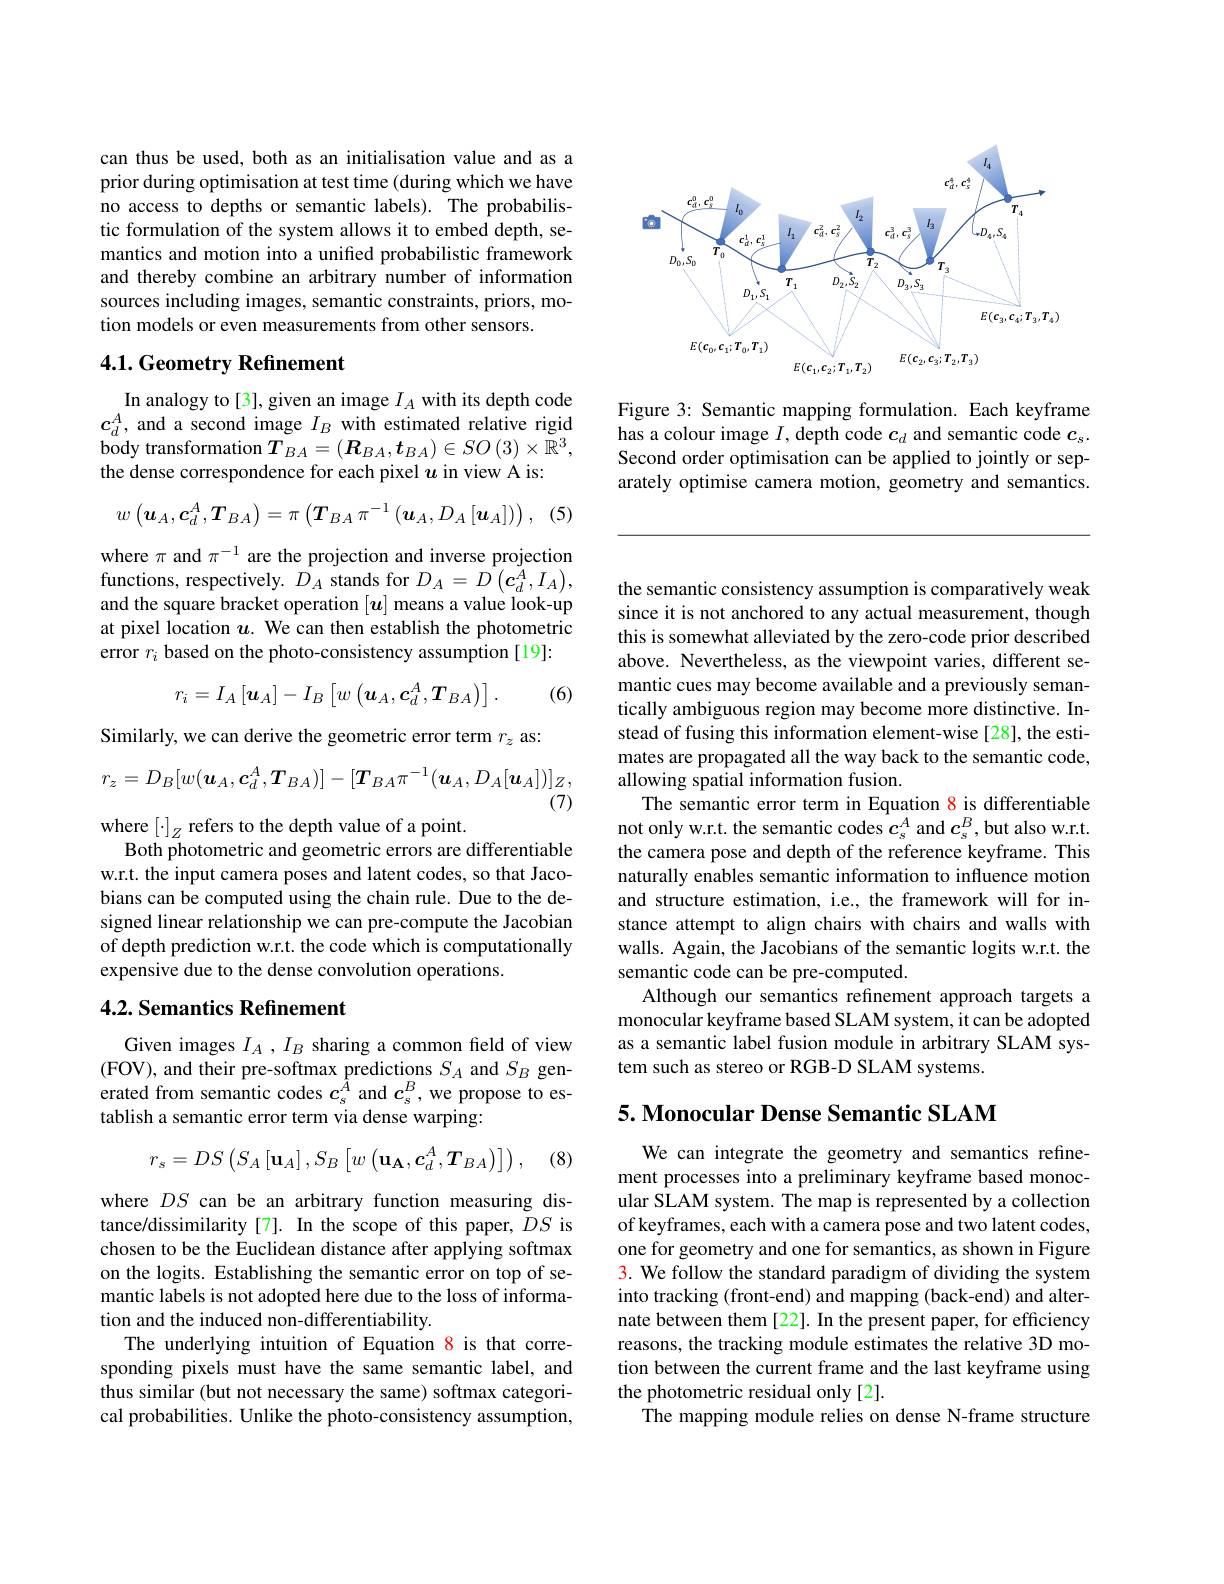
<FigureHere>

Figure 3: Semantic mapping formulation. Each keyframe has a colour image $I$, depth code $c_d$ and semantic code $c_s.$ Second order optimisation can be applied to jointly or separately optimise camera motion, geometry and semantics.

can thus be used, both as an initialisation value and as a prior during optimisation at test time (during which we have no access to depths or semantic labels). The probabilistic formulation of the system allows it to embed depth, semantics and motion into a unified probabilistic framework and thereby combine an arbitrary number of information sources including images, semantic constraints, priors, motion models or even measurements from other sensors.

## 4.1. Geometry Refinement

In analogy to[3], given an image $I_A$ with its depth code $c_d^A$, and a second image $I_B$ with estimated relative rigid ${\mathrm{body~transformation}}T_{BA}=\left(\boldsymbol{R}_{BA},\boldsymbol{t}_{BA}\right)\in SO\left(3\right)\times{\mathrm{\bar{R}}}^{3}$, the dense correspondence for each pixel $u$ in view A is:

(5)
$$w\left(\boldsymbol{u}_{A},\boldsymbol{c}_{d}^{A},\boldsymbol{T}_{BA}\right)=\pi\left(\boldsymbol{T}_{BA}\pi^{-1}\left(\boldsymbol{u}_{A},D_{A}\left[\boldsymbol{u}_{A}\right]\right)\right),$$
where $\pi$ and $\pi^-1$ are the projection and inverse projection functions, respectively. $D_A$ stands for $D_A=D\left(\boldsymbol{c}_d^A,I_A\right)$, and the square bracket operation $[u]$ means a value look-up at pixel location $u.$ We can then establish the photometric error $r_i$ based on the photo-consistency assumption[19]:
$$r_{i}=I_{A}\left[\boldsymbol{u}_{A}\right]-I_{B}\left[w\left(\boldsymbol{u}_{A},\boldsymbol{c}_{d}^{A},\boldsymbol{T}_{BA}\right)\right].$$
(6)

Similarly, we can derive the geometric error term $r_z$ as
$$r_{z}=D_{B}[w(\boldsymbol{u}_{A},\boldsymbol{c}_{d}^{A},\boldsymbol{T}_{BA})]-[\boldsymbol{T}_{BA}\pi^{-1}(\boldsymbol{u}_{A},D_{A}[\boldsymbol{u}_{A}])]_{Z},$$
(7)

where $[\cdot]_Z$ refers to the depth value of a point.
Both photometric and geometric errors are differentiable w.r.t. the input camera poses and latent codes, so that Jacobians can be computed using the chain rule. Due to the designed linear relationship we can pre-compute the Jacobian of depth prediction w.r.t. the code which is computationally expensive due to the dense convolution operations.

## 4.2. Semantics Refinement

Given images $I_A,I_B$ sharing a common feld of view (FOV), and their pre-softmax predictions $S_A$ and $S_B$ generated from semantic codes $c_{s}^{\hat{A}}$ and $c_{s}^{B}$, we propose to establish a semantic error term via dense warping:
$$r_{s}=DS\left(S_{A}\left[\mathbf{u}_{A}\right],S_{B}\left[w\left(\mathbf{u}_{\mathbf{A}},\boldsymbol{c}_{d}^{A},\boldsymbol{T}_{BA}\right)\right]\right),$$
(8)

where $DS$ can be an arbitrary function measuring distance/dissimilarity[7]. In the scope of this paper, $DS$ is chosen to be the Euclidean distance after applying softmax on the logits. Establishing the semantic error on top of semantic labels is not adopted here due to the loss of information and the induced non-differentiability.
The underlying intuition of Equation 8 is that corresponding pixels must have the same semantic label, and thus similar (but not necessary the same) softmax categorical probabilities. Unlike the photo-consistency assumption,

the semantic consistency assumption is comparatively weak since it is not anchored to any actual measurement, though this is somewhat alleviated by the zero-code prior described above. Nevertheless, as the viewpoint varies, different semantic cues may become available and a previously semantically ambiguous region may become more distinctive. Instead of fusing this information element-wise[28], the estimates are propagated all the way back to the semantic code, allowing spatial information fusion.
The semantic error term in Equation 8 is differentiable not only w.r.t. the semantic codes $c_s^A$ and $c_s^B$,but also w.r.t. the camera pose and depth of the reference keyframe. This naturally enables semantic information to influence motion and structure estimation, i.e., the framework will for instance attempt to align chairs with chairs and walls with walls. Again, the Jacobians of the semantic logits w.r.t. the semantic code can be pre-computed.
Although our semantics refinement approach targets a monocular keyframe based SLAM system, it can be adopted as a semantic label fusion module in arbitrary SLAM system such as stereo or RGB-D SLAM systems.

5. Monocular Dense Semantic SLAM

We can integrate the geometry and semantics refinement processes into a preliminary keyframe based monocular SLAM system. The map is represented by a collection of keyframes, each with a camera pose and two latent codes, one for geometry and one for semantics, as shown in Figure 3. We follow the standard paradigm of dividing the system into tracking (front-end) and mapping (back-end) and alternate between them [22]. In the present paper, for efficiency reasons, the tracking module estimates the relative 3D motion between the current frame and the last keyframe using the photometric residual only [2].
The mapping module relies on dense N-frame structure